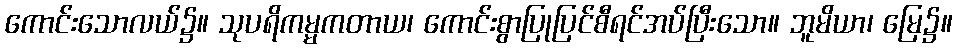
ကောင်းသောလယ်၌။ သုပရိကမ္မကတာယ၊ ကောင်းစွာပြုပြင်စီရင်အပ်ပြီးသော။ ဘူမိယာ၊ မြေ၌။